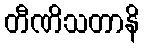
တီဏိသတာနိ